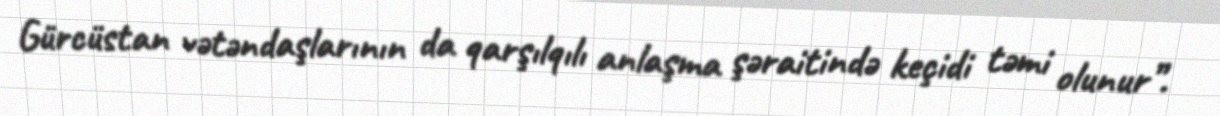
Gürcüstan vətəndaşlarının da qarşılqılı anlaşma şəraitində keçidi təmi olunur”.